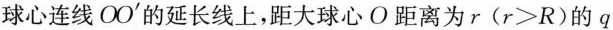
球心连线OO^{\prime}的延长线上，距大球心O距离为r($$r>R$$)的q